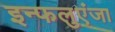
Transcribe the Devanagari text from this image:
इन्फलुएंजा